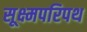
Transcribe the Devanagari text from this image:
सूक्ष्मपरिपथ